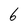
Character: 6